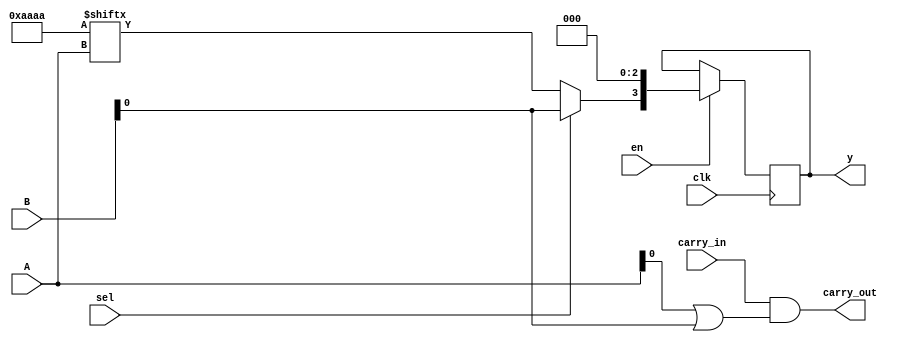
module CLB (
  input wire [3:0] A,               // 4-bit input to the LUT
  input wire [3:0] B,               // Another 4-bit input for MUX selection
  input wire sel,                   // MUX select signal
  input wire carry_in,              // Carry input for arithmetic operations
  input wire clk,                   // Clock input for registers
  input wire en,                    // Enable signal
  output reg [3:0] y,               // 4-bit output from the LUT/MUX
  output reg carry_out              // Carry output
);

  // 4-Input LUT with programmable truth table
  reg [15:0] lut; // LUT configured via this register
  wire [3:0] lut_out;

  // Example truth table configuration
  always @* begin
    lut = 16'b1010101010101010; // Example arbitrary truth table
    lut_out = lut[{A[3], A[2], A[1], A[0]}]; // LUT output based on 4-bit input
  end

  // MUX to choose between LUT output and B input
  wire mux_out;
  assign mux_out = (sel) ? B[0] : lut_out[0]; // Simple single bit output selection for illustration

  // Carry logic for addition example
  always @* begin
    carry_out = carry_in & (A[0] | B[0]); // Simple carry logic for least significant bit
  end

  // Registers to store intermediate values
  always @(posedge clk) begin
    if (en) 
      y <= {mux_out, lut_out[3:1]}; // Store the output to registers
  end

endmodule